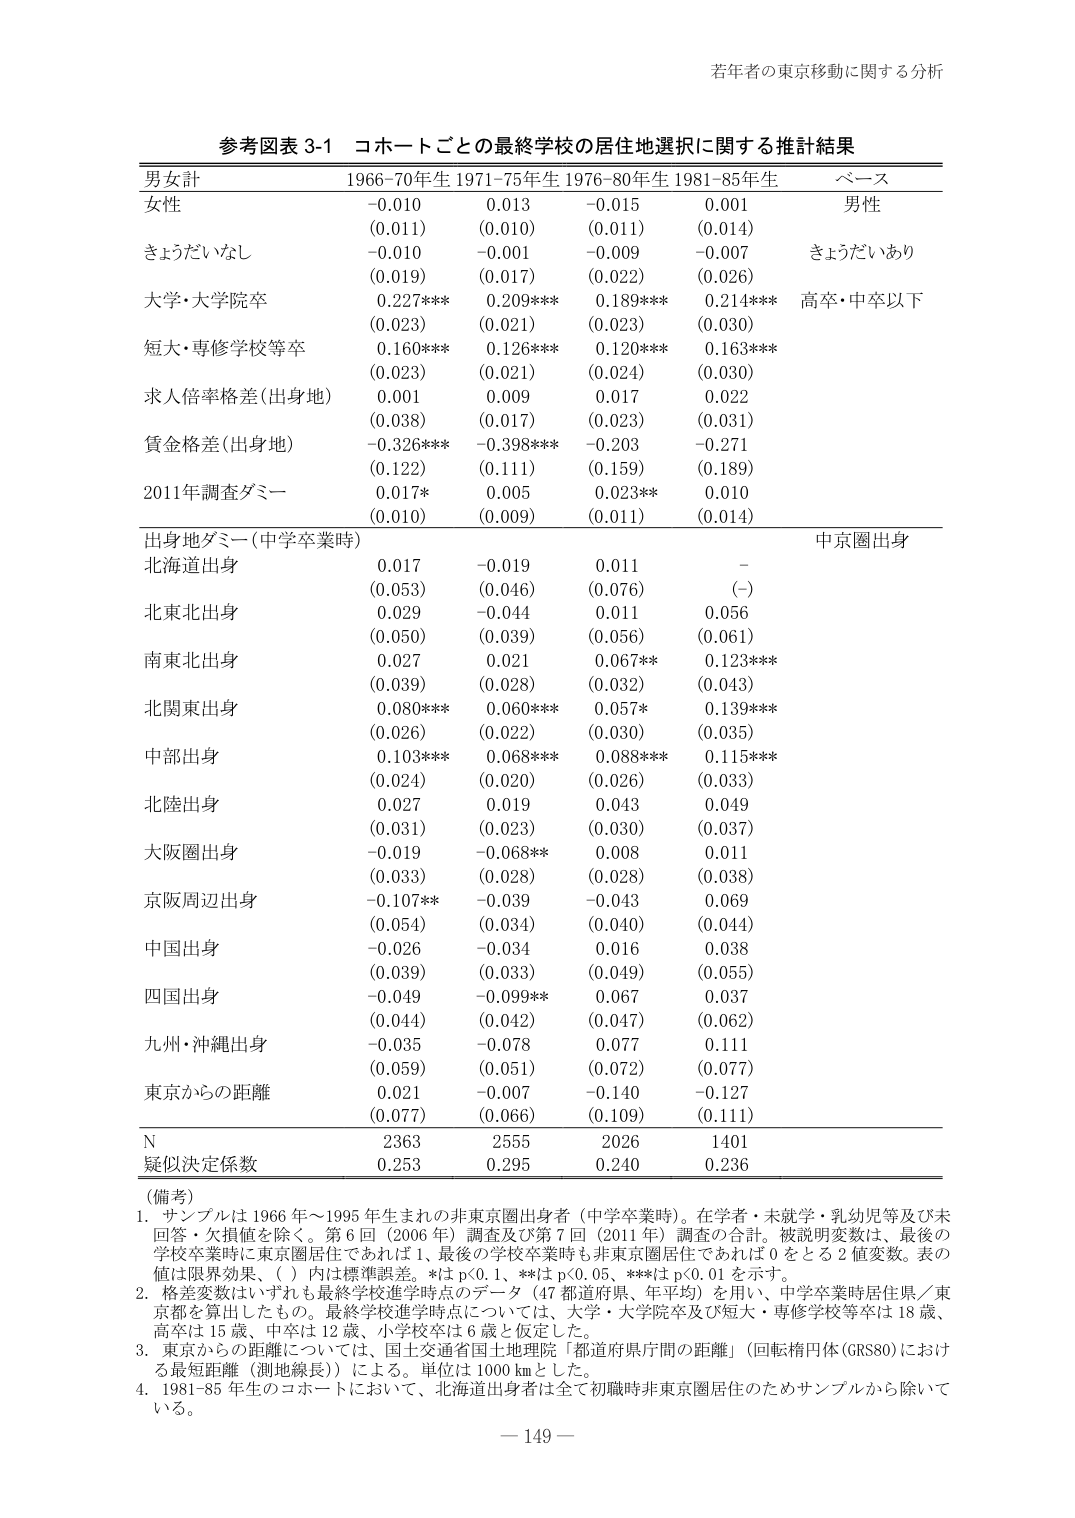
若年者の東京移動に関する分析

参考図表 3-1 コホートごとの最終学校の居住地選択に関する推計結果

男女計 1966-70年生 1971-75年生 1976-80年生 1981-85年生 ベース
女性 -0.010 0.013 -0.015 0.001 男性
(0.011) (0.010) (0.011) (0.014)
きょうだいなし -0.010 -0.001 -0.009 -0.007 きょうだいあり
(0.019) (0.017) (0.022) (0.026)
大学・大学院卒 0.227*** 0.209*** 0.189*** 0.214*** 高卒・中卒以下
(0.023) (0.021) (0.023) (0.030)
短大・専修学校等卒 0.160*** 0.126*** 0.120*** 0.163***
(0.023) (0.021) (0.024) (0.030)
求人倍率格差(出身地) 0.001 0.009 0.017 0.022
(0.038) (0.017) (0.023) (0.031)
賃金格差(出身地) -0.326*** -0.398*** -0.203 -0.271
(0.122) (0.111) (0.159) (0.189)
2011年調査ダミー 0.017* 0.005 0.023** 0.010
(0.010) (0.009) (0.011) (0.014)
出身地ダミー(中学卒業時) 中京圏出身
北海道出身 0.017 -0.019 0.011 -
(0.053) (0.046) (0.076) (-)
北東北出身 0.029 -0.044 0.011 0.056
(0.050) (0.039) (0.056) (0.061)
南東北出身 0.027 0.021 0.067** 0.123***
(0.039) (0.028) (0.032) (0.043)
北関東出身 0.080*** 0.060*** 0.057* 0.139***
(0.026) (0.022) (0.030) (0.035)
中部出身 0.103*** 0.068*** 0.088*** 0.115***
(0.024) (0.020) (0.026) (0.033)
北陸出身 0.027 0.019 0.043 0.049
(0.031) (0.023) (0.030) (0.037)
大阪圏出身 -0.019 -0.068** 0.008 0.011
(0.033) (0.028) (0.028) (0.038)
京阪周辺出身 -0.107** -0.039 -0.043 0.069
(0.054) (0.034) (0.040) (0.044)
中国出身 -0.026 -0.034 0.016 0.038
(0.039) (0.033) (0.049) (0.055)
四国出身 -0.049 -0.099** 0.067 0.037
(0.044) (0.042) (0.047) (0.062)
九州・沖縄出身 -0.035 -0.078 0.077 0.111
(0.059) (0.051) (0.072) (0.077)
東京からの距離 0.021 -0.007 -0.140 -0.127
(0.077) (0.066) (0.109) (0.111)
N 2363 2555 2026 1401
疑似決定係数 0.253 0.295 0.240 0.236

（備考）
1. サンプルは1966年～1995年生まれの非東京圏出身者（中学卒業時）。在学者・未就学・乳幼児等及び未回答・欠損値を除く。第6回（2006年）調査及び第7回（2011年）調査の合計。被説明変数は、最後の学校卒業時は東京圏居住であれば1、最後の学校卒業時も非東京圏居住であれば0をとる2値変数。表の値は限界効果、（）内は標準誤差。*はp<0.1、**はp<0.05、***はp<0.01を示す。
2. 格差変数はいずれも最終学校進学時点のデータ（47都道府県、年平均）を用い、中学卒業時居住県／東京都を算出したもの。最終学校進学時点については、大学・大学院卒及び短大・専修学校等卒は18歳、高卒は15歳、中卒は12歳、小学校卒は6歳と仮定した。
3. 東京からの距離については、国土交通省国土地理院「都道府県庁間の距離」（回転楕円体GRS80）における最短距離（測地線長）による。単位は1000kmとした。
4. 1981-85年生のコホートにおいて、北海道出身者は全て初職時非東京圏居住のためサンプルから除いている。

－149－